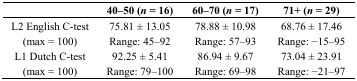
<table><thead><tr><td></td><td><b>40–50 (<i>n</i> = 16)</b></td><td><b>60–70 (<i>n</i> = 17)</b></td><td><b>71+ (<i>n</i> = 29)</b></td></tr></thead><tbody><tr><td>L2 English C-test (max = 100)</td><td>75.81 ± 13.05 Range: 45–92</td><td>78.88 ± 10.98 Range: 57–93</td><td>68.76 ± 17.46 Range: −15-95</td></tr><tr><td>L1 Dutch C-test (max = 100)</td><td>92.25 ± 5.41 Range: 79–100</td><td>86.94 ± 9.67 Range: 69–98</td><td>73.04 ± 23.91 Range: −21-97</td></tr></tbody></table>